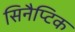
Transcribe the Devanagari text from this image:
सिनैप्टिक